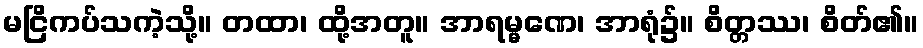
မငြိကပ်သကဲ့သို့။ တထာ၊ ထို့အတူ။ အာရမ္မဏေ၊ အာရုံ၌။ စိတ္တဿ၊ စိတ်၏။